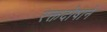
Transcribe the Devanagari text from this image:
रक्तदोषाने